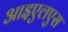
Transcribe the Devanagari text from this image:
आइएलएस